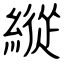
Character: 縱